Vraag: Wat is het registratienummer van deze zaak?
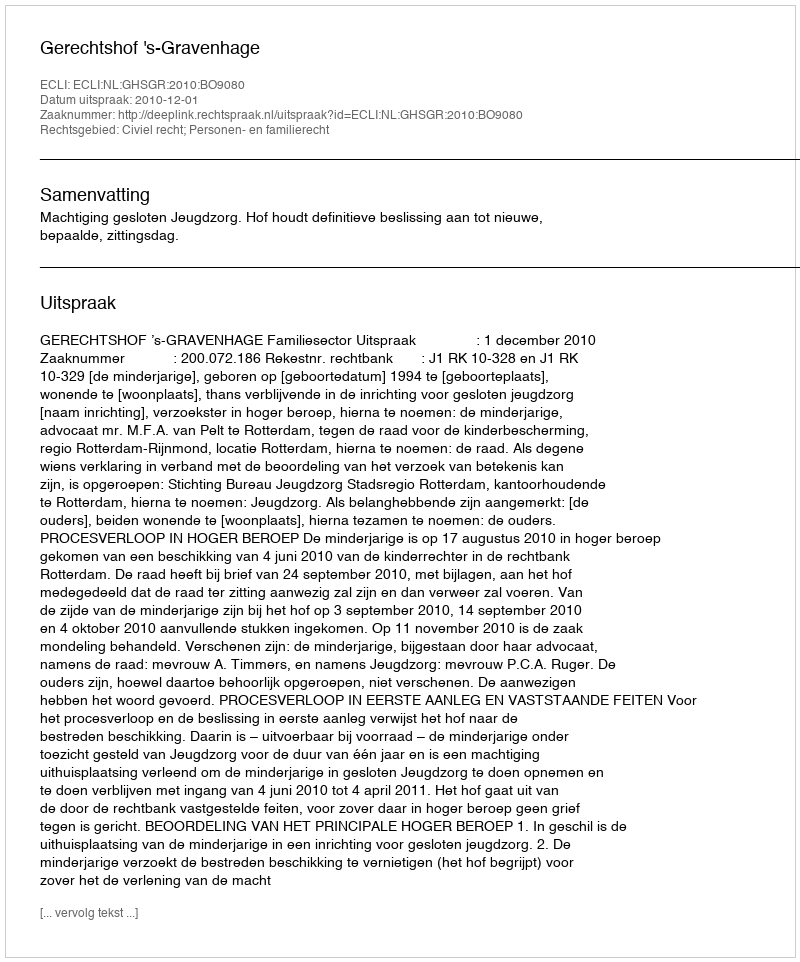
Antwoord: http://deeplink.rechtspraak.nl/uitspraak?id=ECLI:NL:GHSGR:2010:BO9080